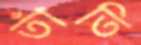
তাঁতি